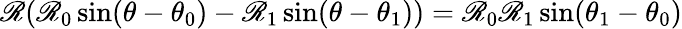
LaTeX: \mathscr{R}(\mathscr{R}_{0}\sin(\theta-\theta_{0})-\mathscr{R}_{1}\sin(\theta-\theta_{1}))=\mathscr{R}_{0}\mathscr{R}_{1}\sin(\theta_{1}-\theta_{0})